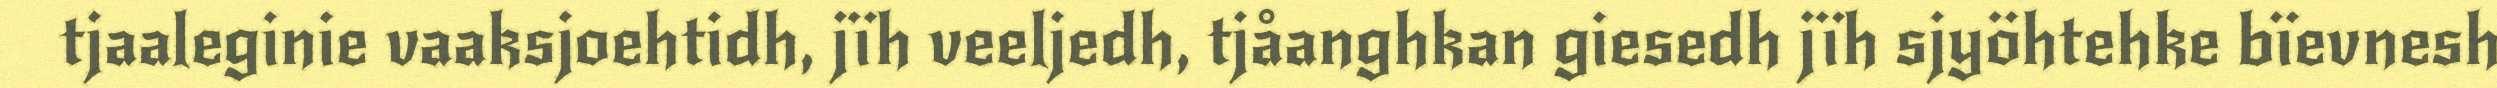
tjaaleginie vaaksjoehtidh, jïh veeljedh, tjåanghkan giesedh jïh sjyöhtehke bïevnesh